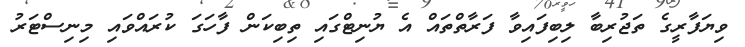
ވިޔަފާރީގެ ތަޖުރިބާ ލިބިފައިވާ ފަރާތްތައް އެ ޔުނިޓްގައި ތިބިކަން ފާހަގަ ކުރައްވައި މިނިސްޓަރު